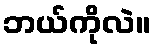
ဘယ်ကိုလဲ။